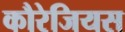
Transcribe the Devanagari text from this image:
कौरेजियस